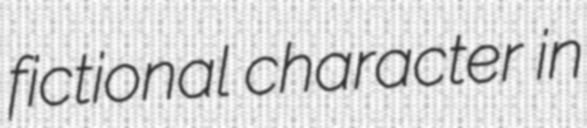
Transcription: fictional character in